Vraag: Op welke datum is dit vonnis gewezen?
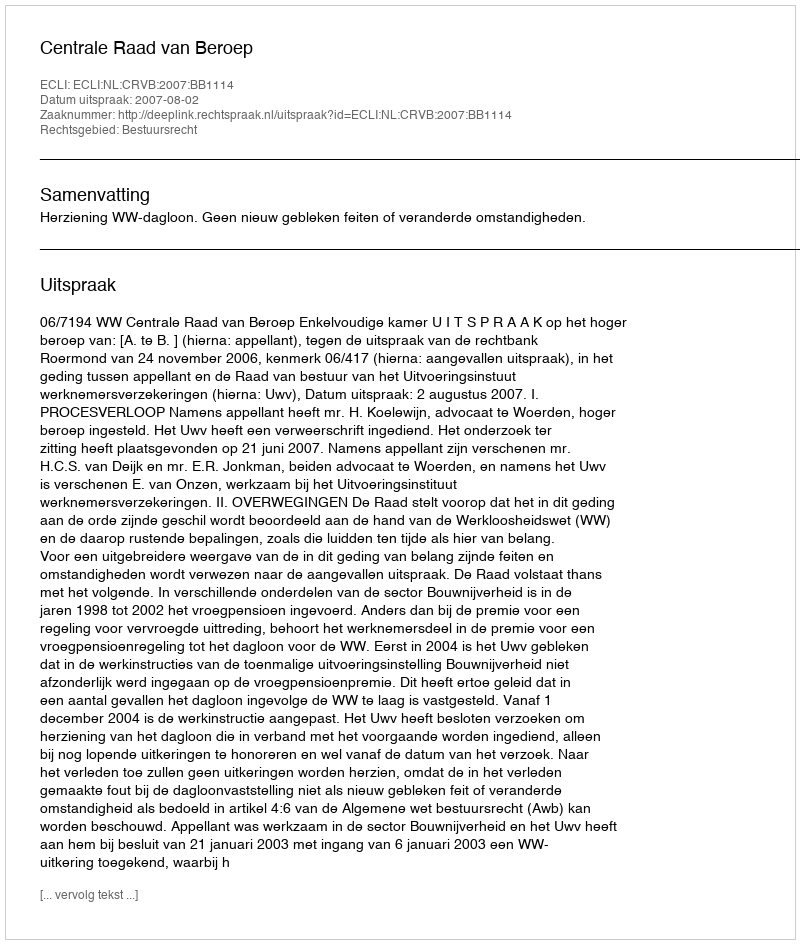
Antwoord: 2007-08-02